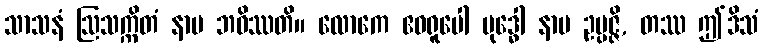
သာသနံ ဩသက္ကိတံ နာမ ဘဝိဿတိ။ လောကေ ဧဝရူပေါ ဗုဒ္ဓေါ နာမ ဥပ္ပဇ္ဇိ, တဿ ဤဒိသံ